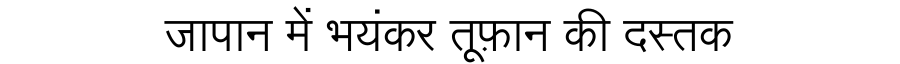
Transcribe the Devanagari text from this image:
जापान में भयंकर तूफ़ान की दस्तक